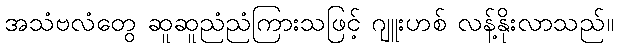
အသံဗလံတွေ ဆူဆူညံညံကြားသဖြင့် ဂျူးဟစ် လန့်နိုးလာသည်။